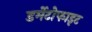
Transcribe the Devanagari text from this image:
डर्मेटोफाइट